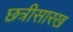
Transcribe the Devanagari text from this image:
छत्रीसारख